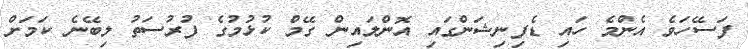
ފަސޭހަވެ އެންމެ ހައި ޑެފިނިޝަންގައި އޮންލައިން ގޭމް ކުޅުމުގެ ފުރުސަތު ލިބޭނެ ކަމަށް